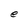
Character: e